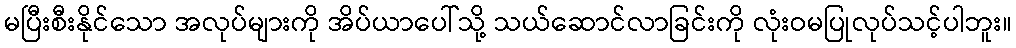
မပြီးစီးနိုင်သော အလုပ်များကို အိပ်ယာပေါ်သို့ သယ်ဆောင်လာခြင်းကို လုံးဝမပြုလုပ်သင့်ပါဘူး။